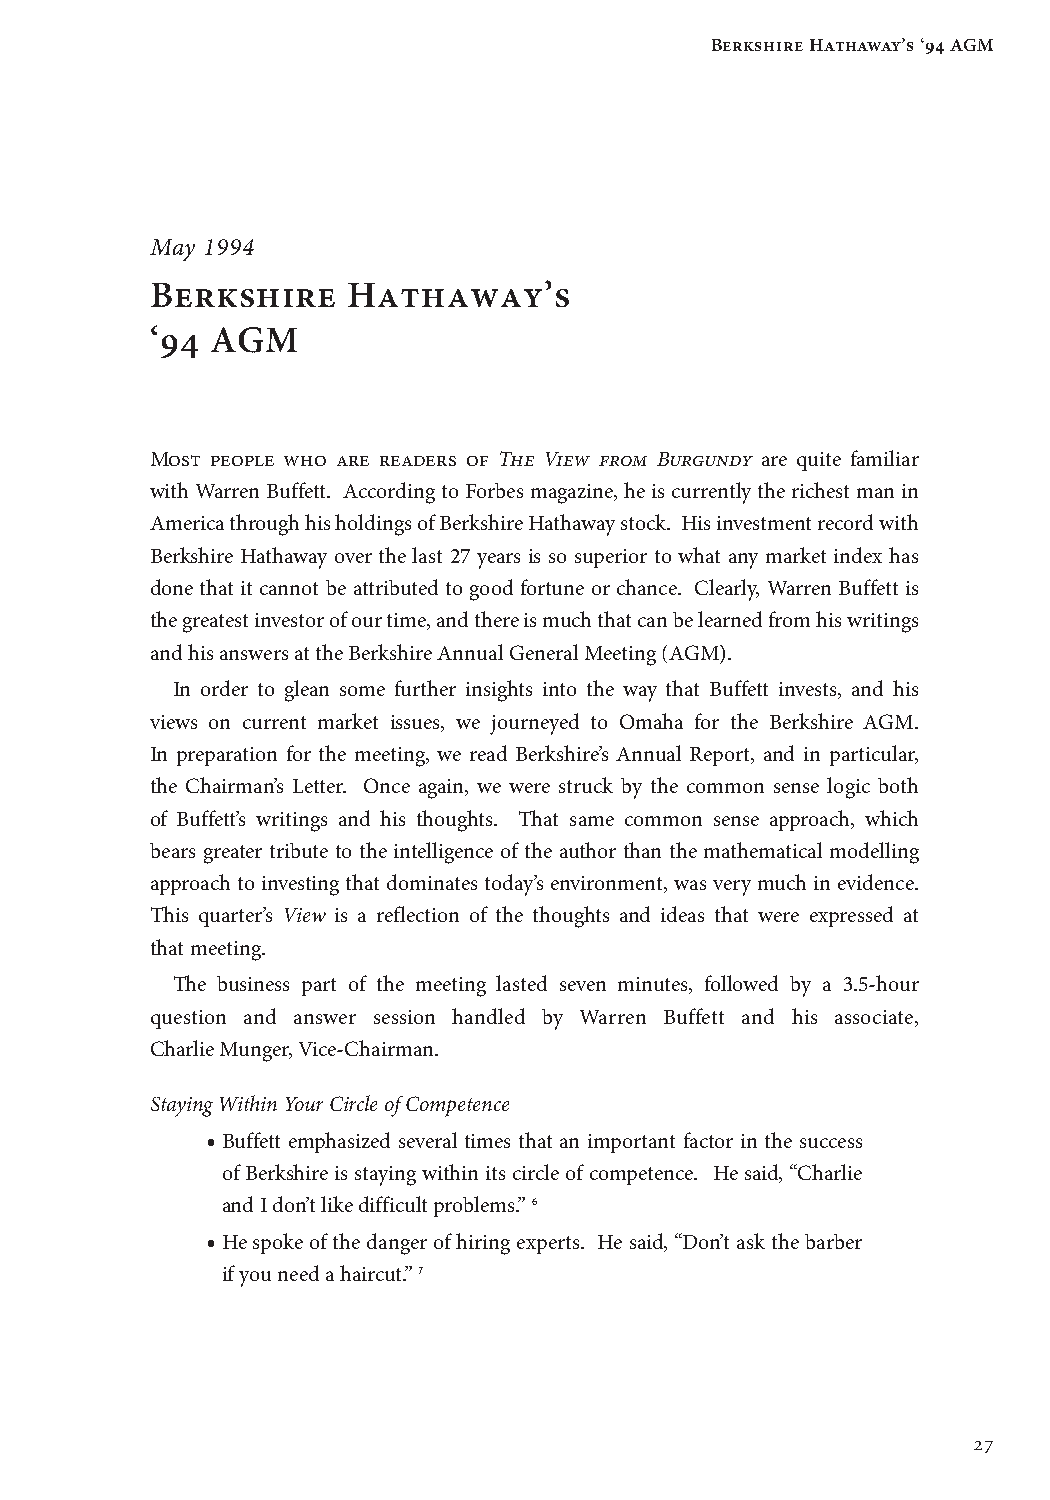
Berkshire Hathaway’s ‘94 AGM
 MMaayy 11999944
 Berkshire    Hathaway’s
 ‘94 AGM
 Most people who are readers of The View from Burgundy are quite familiar
 with Warren Buffett. According to Forbes magazine, he is currently the richest man in
 America through his holdings of Berkshire Hathaway stock. His investment record with
 Berkshire Hathaway over the last 27 years is so superior to what any market index has
 done that it cannot be attributed to good fortune or chance. Clearly, Warren Buffett is
 the greatest investor of our time, and there is much that can be learned from his writings
 and his answers at the Berkshire Annual General Meeting (AGM).
 In order to glean some further insights into the way that Buffett invests, and his
 views on current market issues, we journeyed to Omaha for the Berkshire AGM.
 In preparation for the meeting, we read Berkshire’s Annual Report, and in particular,
 the Chairman’s Letter. Once again, we were struck by the common sense logic both
 of Buffett’s writings and his thoughts. That same common sense approach, which
 bears greater tribute to the intelligence of the author than the mathematical modelling
 approach to investing that dominates today’s environment, was very much in evidence.
 This quarter’s View is a reflection of the thoughts and ideas that were expressed at
 that meeting.
 The business part of the meeting lasted seven minutes, followed by a 3.5-hour
 question and answer session handled by Warren Buffett and his associate,
 Charlie Munger, Vice-Chairman.
 Staying Within Your Circle of Competence
 • Buffett emphasized several times that an important factor in the success
 of Berkshire is staying within its circle of competence. He said, “Charlie
 and I don’t like difficult problems.” 6
 • He spoke of the danger of hiring experts. He said, “Don’t ask the barber
 if you need a haircut.” 7
 27